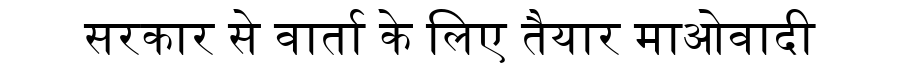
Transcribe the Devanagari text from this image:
सरकार से वार्ता के लिए तैयार माओवादी